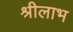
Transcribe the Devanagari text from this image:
श्रीलाभ